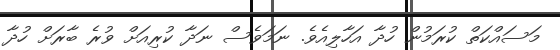
މަސައްކަތް ކުރަމުން ހުދާ އަހާލިއެވެ. ނަމަވެސް ނަދާ ކުރިއަށް ވުރެ ބާރަށް ހުދާ